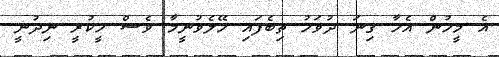
އެ މީހުން އެހާ ގިނަ ދުވަހު ތިބެފައި ހޭލެވުނީމާ ވެސް ހީކުރީ ނިދުނީ